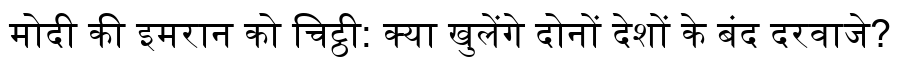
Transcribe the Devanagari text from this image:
मोदी की इमरान को चिट्ठी: क्या खुलेंगे दोनों देशों के बंद दरवाजे?